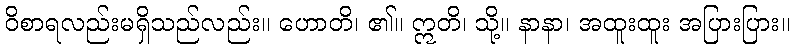
ဝိစာရလည်းမရှိသည်လည်း။ ဟောတိ၊ ၏။ ဣတိ၊ သို့။ နာနာ၊ အထူးထူး အပြားပြား။